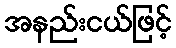
အနည်းငယ်ဖြင့်